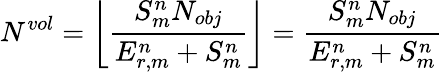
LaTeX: N^{vol}=\left\lfloor\frac{S_{m}^{n}N_{obj}}{E_{r,m}^{n}+S_{m}^{n}}\right\rfloor=\frac{S_{m}^{n}N_{obj}}{E_{r,m}^{n}+S_{m}^{n}}